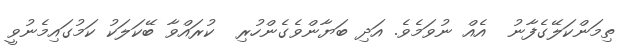
ތިމަންކަލޭގެފާނު  އެއް ނުވަމެވެ. އަދި ބަޔާންވެގެންހުރި  ކުރައްވާ ބޭކަލަކު ކަމުގައިމެނުވީ